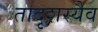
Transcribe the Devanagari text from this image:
तादृशस्यैव